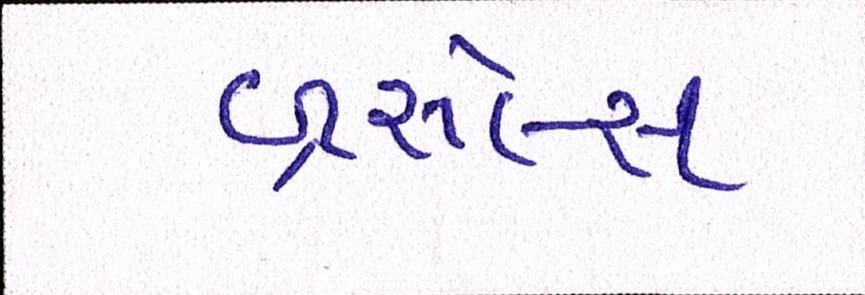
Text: બ્રસેલ્સ